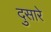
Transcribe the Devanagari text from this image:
दुसारे